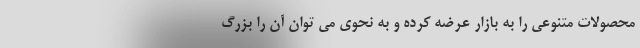
محصولات متنوعی را به بازار عرضه کرده و به نحوی می توان آن را بزرگ